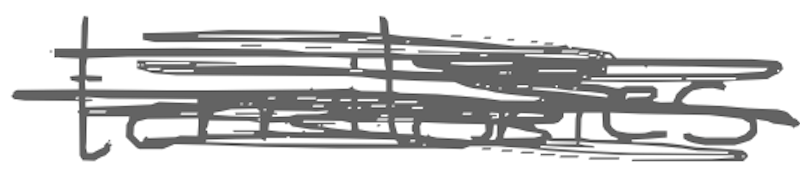
Text: territories
Cross-out: scratch
Writing tool: digital_gray